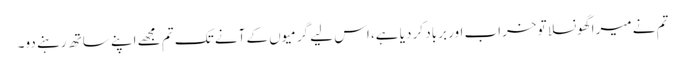
تم نے میرا گھونسلا تو خراب اور برباد کر دیا ہے، اس لیے گرمیوں کے آنے تک تم مجھے اپنے ساتھ رہنے دو۔